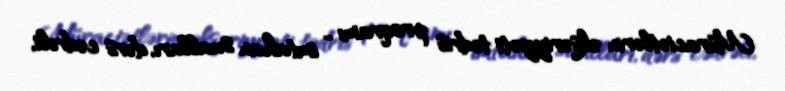
Müraciətlərin əksəriyyəti tədris proqramı - imtahan sualları, dərs cədvəli,